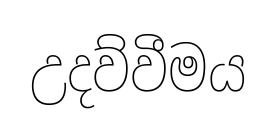
උදව්වීමය